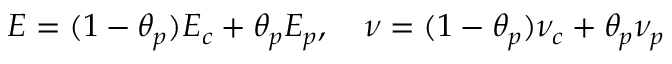
E = ( 1 - \theta _ { p } ) E _ { c } + \theta _ { p } E _ { p } , \quad \nu = ( 1 - \theta _ { p } ) \nu _ { c } + \theta _ { p } \nu _ { p }